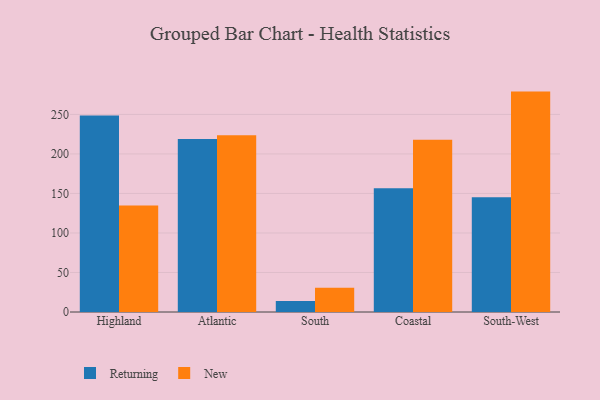
{"axis": {"x": "Region", "y": "Operating Costs (USD K)"}, "legend": ["New", "Returning"], "data": [{"x": "Highland", "y": 248.8, "type": "Returning"}, {"x": "Highland", "y": 134.7, "type": "New"}, {"x": "Atlantic", "y": 218.9, "type": "Returning"}, {"x": "Atlantic", "y": 223.7, "type": "New"}, {"x": "South", "y": 13.8, "type": "Returning"}, {"x": "South", "y": 30.8, "type": "New"}, {"x": "Coastal", "y": 156.7, "type": "Returning"}, {"x": "Coastal", "y": 217.9, "type": "New"}, {"x": "South-West", "y": 145.3, "type": "Returning"}, {"x": "South-West", "y": 278.9, "type": "New"}]}